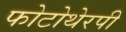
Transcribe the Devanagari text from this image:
फोटोथेरपी